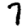
Digit: 7